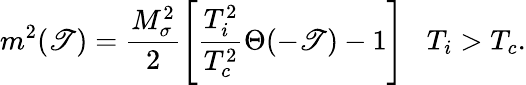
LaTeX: m^{2}(\mathscr{T})=\frac{{M_{\sigma}^{2}}}{{2}}\left[\frac{{T_{i}^{2}}}{{T_{c}^{2}}}\Theta(-\mathscr{T})-1\right]\; \; \; T_{i}>T_{c}.